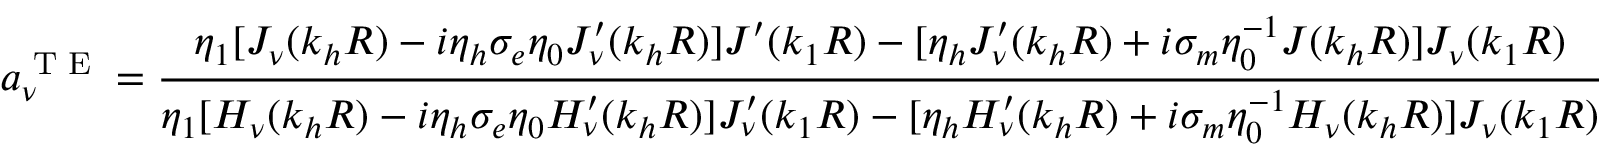
a _ { \nu } ^ { \textrm { T E } } = \frac { \eta _ { 1 } [ J _ { \nu } ( k _ { h } R ) - i \eta _ { h } \sigma _ { e } \eta _ { 0 } J _ { \nu } ^ { \prime } ( k _ { h } R ) ] J ^ { \prime } ( k _ { 1 } R ) - [ \eta _ { h } J _ { \nu } ^ { \prime } ( k _ { h } R ) + i \sigma _ { m } \eta _ { 0 } ^ { - 1 } J ( k _ { h } R ) ] J _ { \nu } ( k _ { 1 } R ) } { \eta _ { 1 } [ H _ { \nu } ( k _ { h } R ) - i \eta _ { h } \sigma _ { e } \eta _ { 0 } H _ { \nu } ^ { \prime } ( k _ { h } R ) ] J _ { \nu } ^ { \prime } ( k _ { 1 } R ) - [ \eta _ { h } H _ { \nu } ^ { \prime } ( k _ { h } R ) + i \sigma _ { m } \eta _ { 0 } ^ { - 1 } H _ { \nu } ( k _ { h } R ) ] J _ { \nu } ( k _ { 1 } R ) }